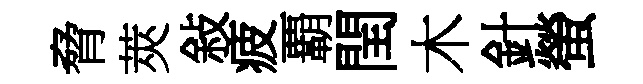
脅莢敍疲覇閏木針螢